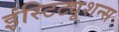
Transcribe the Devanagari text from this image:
इंस्टिट्यूशन्स